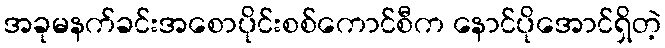
အခုမနက်ခင်းအစောပိုင်းစစ်ကောင်စီက နောင်ပိုအောင်ရှိတဲ့